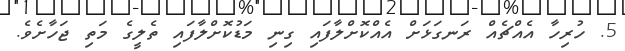
5. ހުރިހާ އެއްޗެއް ރަނގަޅަށް އެއްކޮށްލާފައި ގިނި މަޑުކޮށްލާފައި ތެލީގެ މަތި ޖަހާށެވެ.